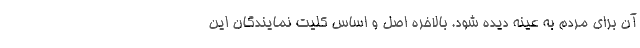
آن برای مردم به عینه دیده شود. بالاخره اصل و اساس کلیت نمایندگان این